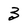
Character: 3